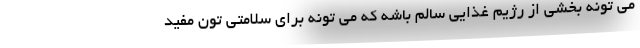
می تونه بخشی از رژیم غذایی سالم باشه که می تونه برای سلامتی تون مفید